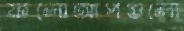
ফলোআপগুলো